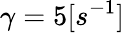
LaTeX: \gamma=5[s^{-1}]